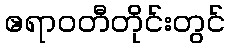
ဧရာဝတီတိုင်းတွင်